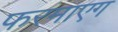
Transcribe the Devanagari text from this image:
फरमाएग